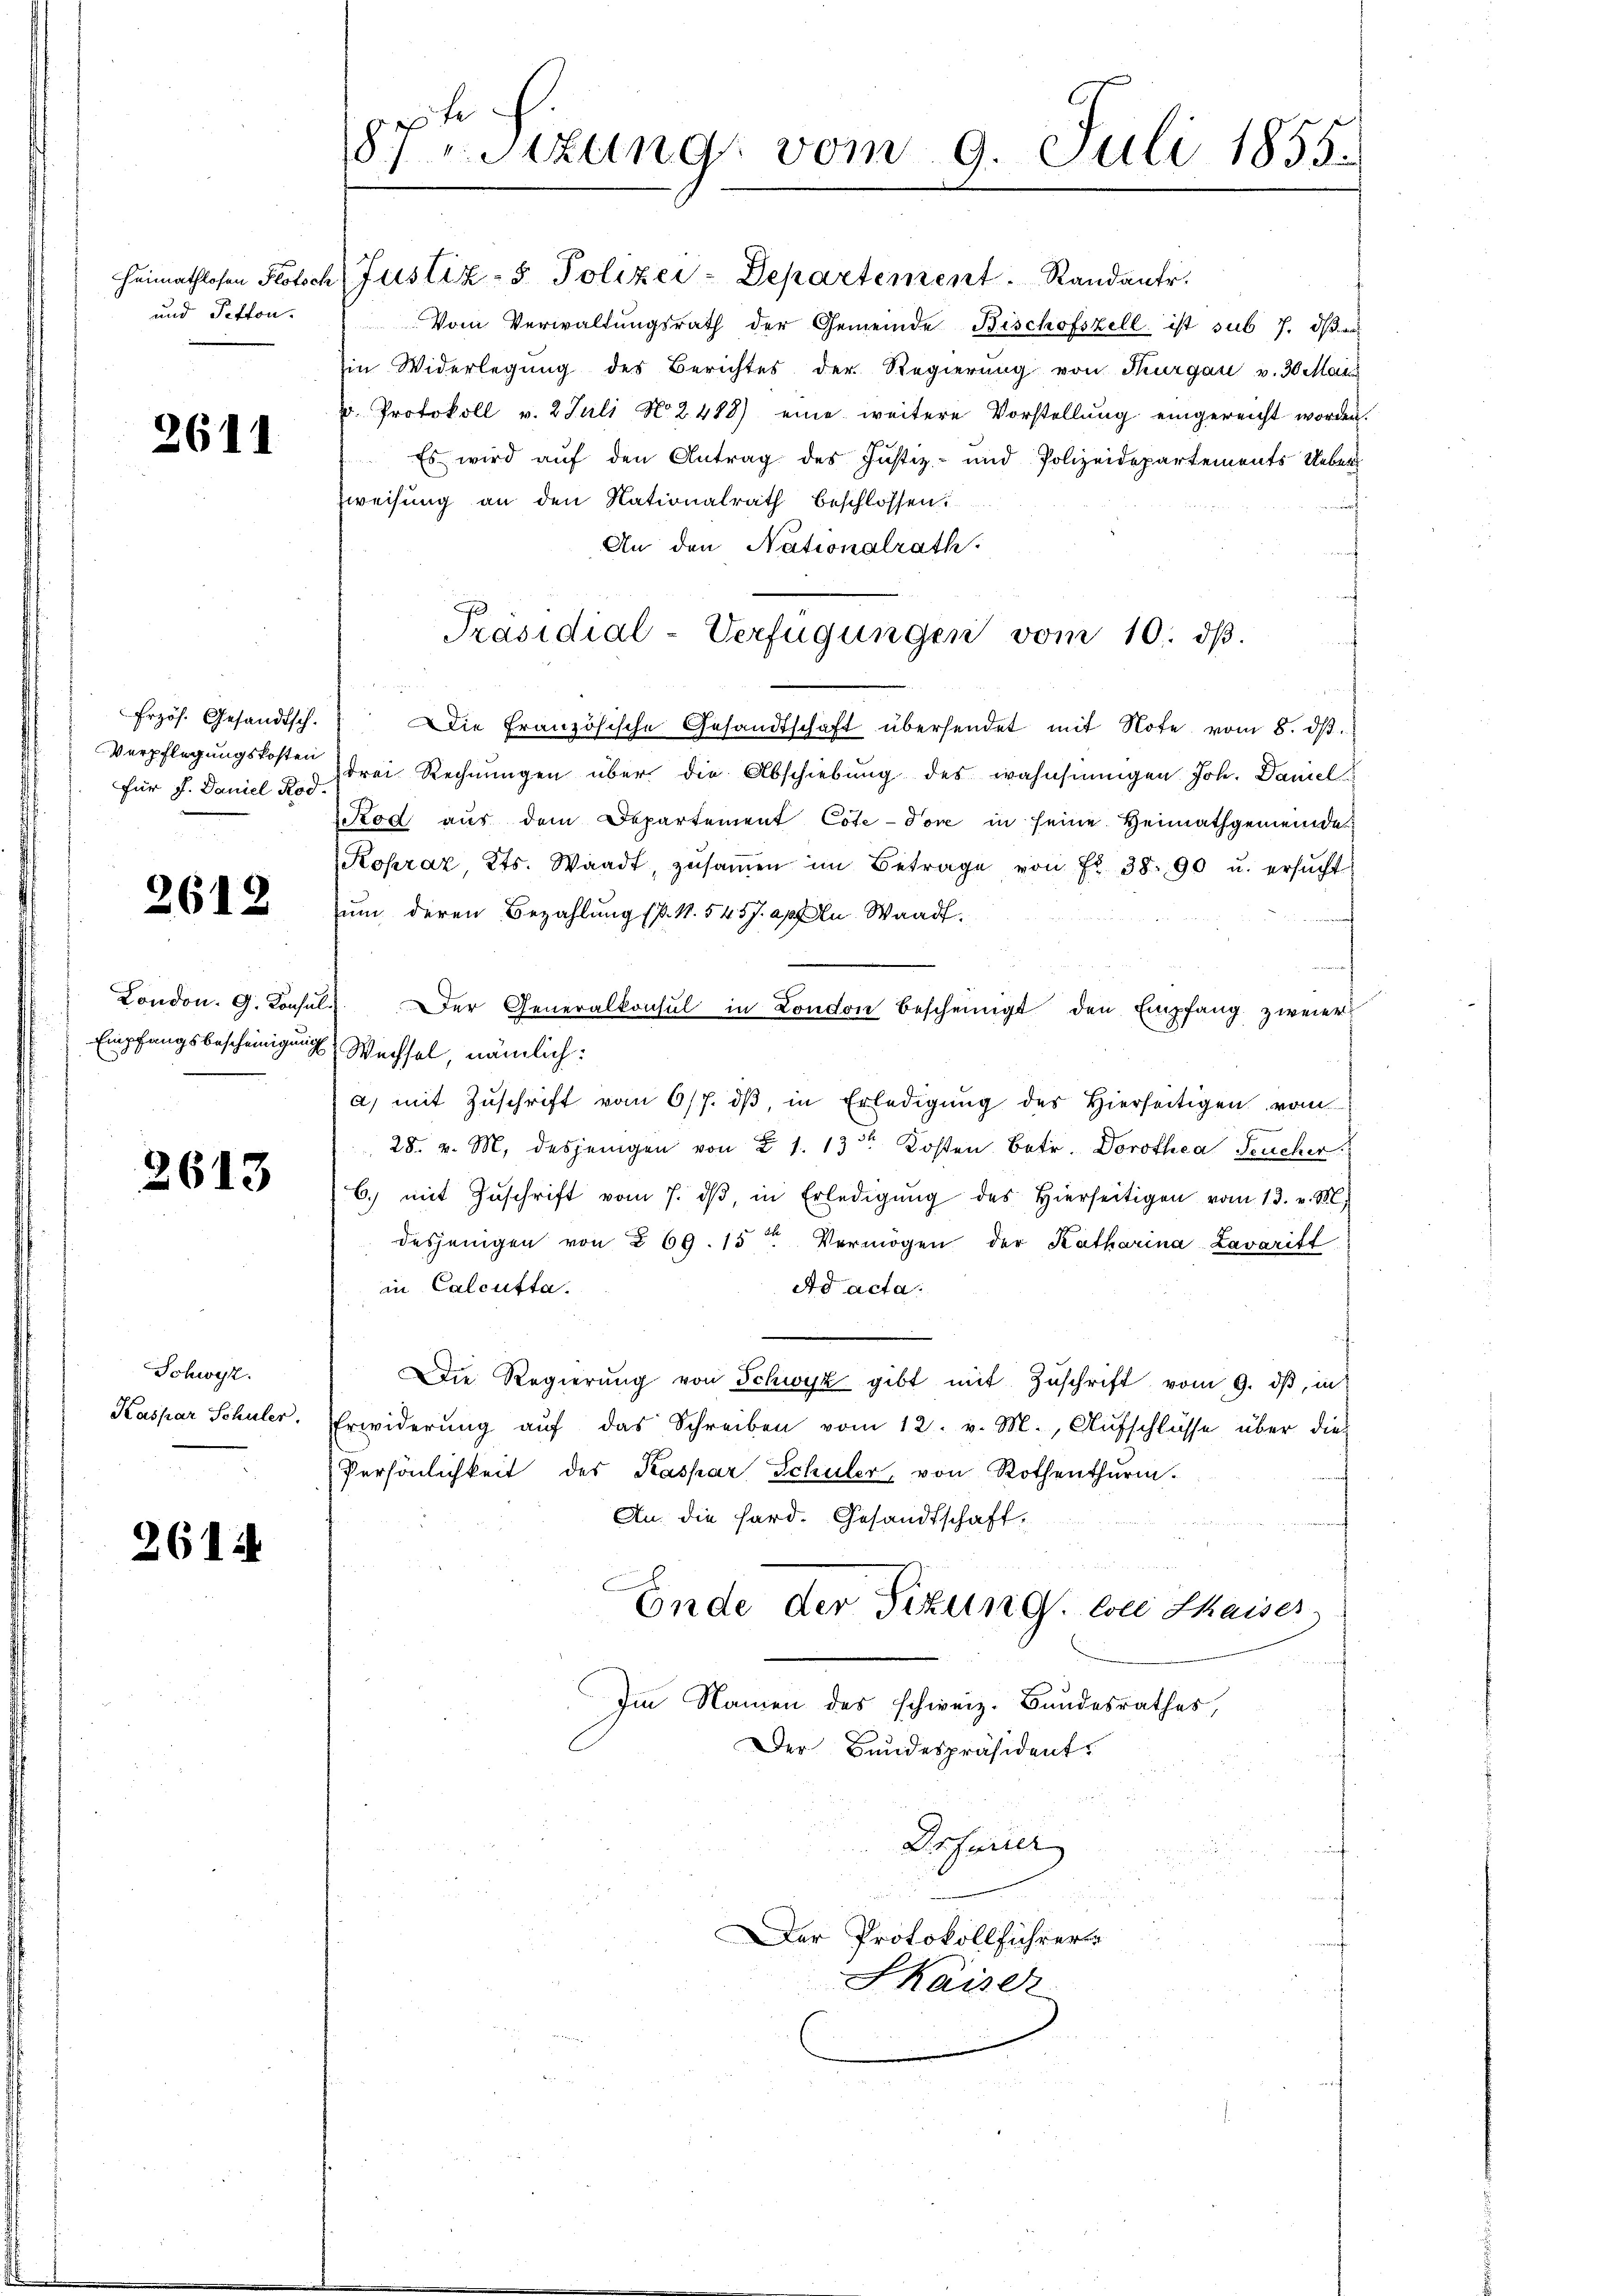
Heimathlosen Plötsch
und Petton.

2611

Erzös. Gesandtsch.
Verpflegungskosten
für J. Daniel Rod.

2612

London. G. Konsul¬
Empfangsbescheinigung

2613

Schwyz.
Kaspar Schüler.

2614

87Sitzung vom 9. Juli 1855.
e

Justiz- & Polizei-Departement. Randantr
Vom Verwaltŭngsrath der Gemeinde Bischofszell ist sub 7. ds.
Ein Widerlegung des Berichtes der Regierung von Thurgau v. 30 Man
u. Protokoll v. 2. Juli N. 2488) eine weitere Vorstellung eingereicht worden.
Es wird auf den Antrag des Justiz- und Polizeidepartements Ueber
zweifung an den Nationalrath beschlossen:
An den Nationalrath.
Die französische Gesandtschaft übersendet mit Note vom 8. ds.
drei Rechnungen über die Abschiebung des wahnsinnigen Joh. Daniel
Rod aus dem Departement Cote-Jove in seine Heimathgemeinde
Kopráz Kts. Waadt, zŭsaṁen im Betrage von Fr. 38. 90 u. ersŭcht
um deren Bezahlung (s. S. 545 J. apf u. Waadt.
Wechsel, nämlich:
a) mit Zuschrift vom 6/7. dβ, in Erledigung des Hierseitigen vom
28. v. M. desjenigen von § 1. 13 Kosten Betr. Dorothea Feucher
6. mit Zŭschrift vom 7. dβ in Erledigŭng des hierseitigen vom 13. v. M.
desjenigen von § 69. 15 Vermögen der Katharina Lavaritt
in Calcutta.
Ad acta:
die Regierŭng von Schwyz gibt mit Zŭschrift vom 9. dβ, in
Erwiderung auf das Schreiben vom 12. v. M., Aufschlusse über dies
Persönlichkeit des Kaspar Schüler, von Rothenthurm.
An die Hard. Gesandtschaft,
Ende der Sitzung. bei Kaiser-
Im Namen des schweiz. Bundesrathes,
Der Bundespräsident

Präsidial-Verfügungen vom 10. dβ.

Der Protokollführer
Skaiser

Der Generalkonsul in London bescheinigt den Empfang zweier

Drferier